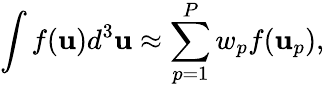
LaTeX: \int f(\mathbf{u})d^{3}\mathbf{u}\approx\sum_{p=1}^{P}w_{p}f(\mathbf{u}_{p}),